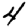
Digit: 4